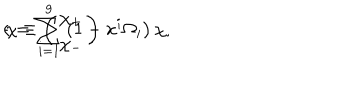
\epsilon = \sum _ { i = 1 } ^ { 9 } \left( 1 - x ^ { i } \Omega _ { i } \right) \chi , \hspace { 3 m m } \chi \equiv \left( \begin{matrix} { { \chi _ { + } } } \\ { { \chi _ { - } } } \\ \end{matrix} \right)